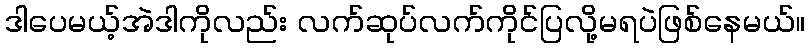
ဒါပေမယ့်အဲဒါကိုလည်း လက်ဆုပ်လက်ကိုင်ပြလို့မရပဲဖြစ်နေမယ်။